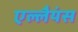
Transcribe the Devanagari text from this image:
एल्लैयंस